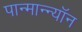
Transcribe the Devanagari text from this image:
पान्मान्न्यॉन